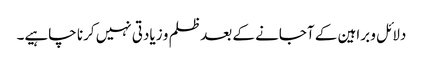
دلائل و براہین کے آجانے کے بعد ظلم و زیادتی نہیں کرنا چاہیے۔